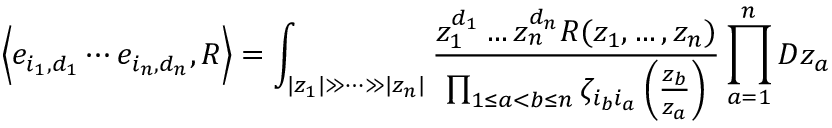
\Big \langle e _ { i _ { 1 } , d _ { 1 } } \cdots e _ { i _ { n } , d _ { n } } , R \Big \rangle = \int _ { | z _ { 1 } | \gg \dots \gg | z _ { n } | } \frac { z _ { 1 } ^ { d _ { 1 } } \dots z _ { n } ^ { d _ { n } } R ( z _ { 1 } , \dots , z _ { n } ) } { \prod _ { 1 \leq a < b \leq n } \zeta _ { i _ { b } i _ { a } } \left( \frac { z _ { b } } { z _ { a } } \right) } \prod _ { a = 1 } ^ { n } D z _ { a }